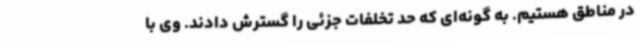
در مناطق هستیم. به گونه‌ای که حد تخلفات جزئی را گسترش دادند. وی با